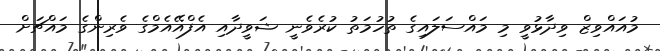
މުއައްވިޒް ވިދާޅުވީ މި މައްސަލައިގެ ތުހުމަތު ކުރެވެނީ ޝަވީދާއި އެފްއޭއެމްގެ ވެރިންގެ މައްޗަށް